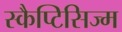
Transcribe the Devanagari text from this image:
स्कैप्टिसिज्म